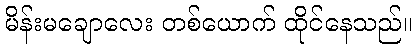
မိန်းမချောလေး တစ်ယောက် ထိုင်နေသည်။